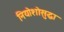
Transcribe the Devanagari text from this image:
नियोशोसुद्धा